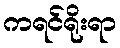
ကရင်ရိုးရာ